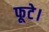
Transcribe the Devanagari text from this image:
फूटे।